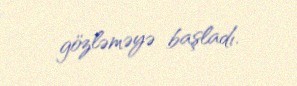
gözləməyə başladı.